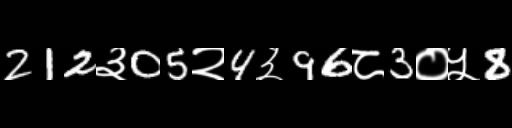
Text: 212३05२4३96८3०५8